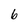
Character: 6